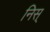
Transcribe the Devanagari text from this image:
निस्